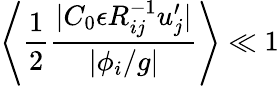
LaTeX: \left\langle{\frac{1}{2}\frac{|C_{0}\epsilon R_{ij}^{-1}u_{j}^{\prime}|}{|\phi_{i}/g|}}\right\rangle\ll 1